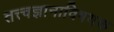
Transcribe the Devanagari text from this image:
तत्त्वज्ञानाविषयक